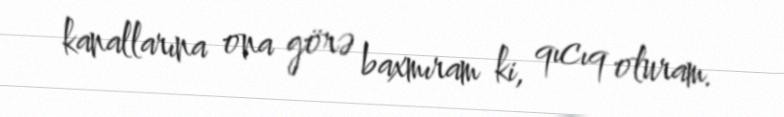
kanallarına ona görə baxmıram ki, qıcıq oluram.